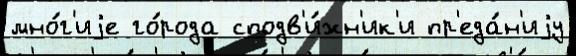
мно́г'иjе го́рода сподв'и́жн'ик'и пр'еда́н'иjу